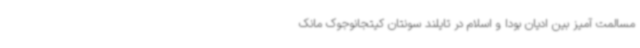
مسالمت آمیز بین ادیان بودا و اسلام در تایلند سونتان کیتجانوجوک مانک